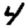
Digit: 4